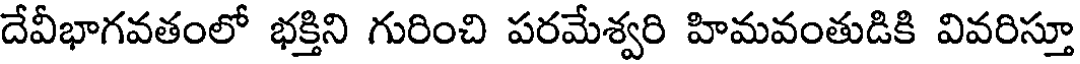
దేవీభాగవతంలో భక్తిని గురించి పరమేశ్వరి హిమవంతుడికి వివరిస్తూ